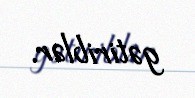
gətiriblər.